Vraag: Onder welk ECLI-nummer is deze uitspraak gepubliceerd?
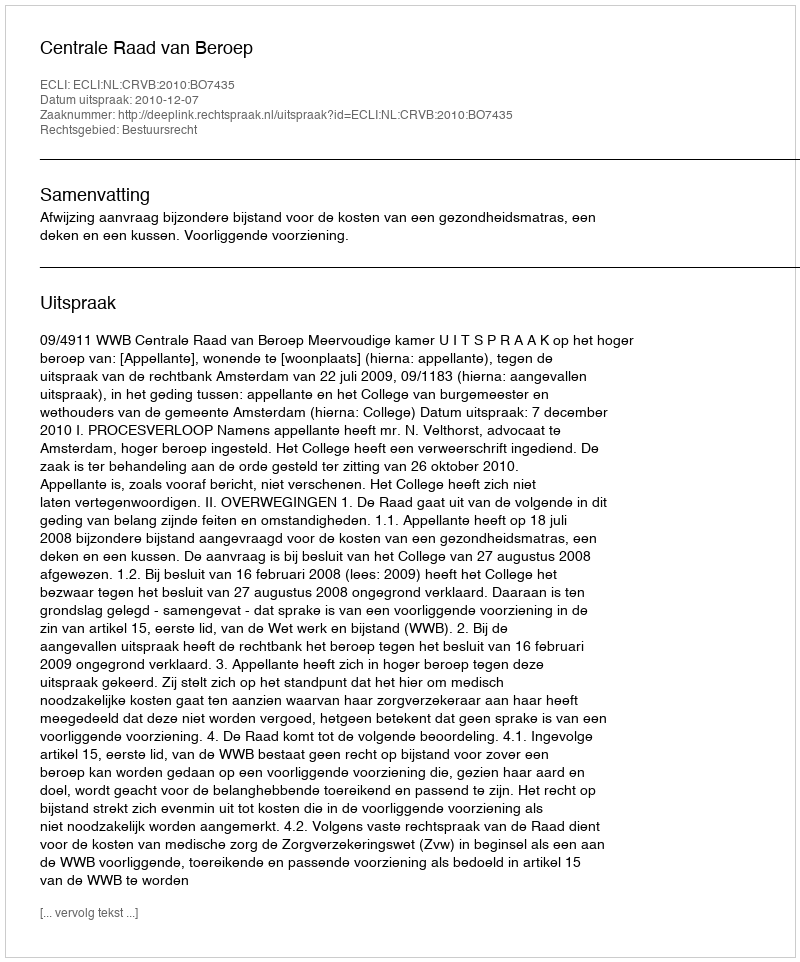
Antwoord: ECLI:NL:CRVB:2010:BO7435